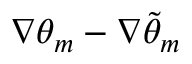
\nabla \theta _ { m } - \nabla \tilde { \theta } _ { m }